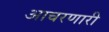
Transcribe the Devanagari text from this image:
आचरणारी